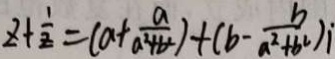
z + \frac { 1 } { z } = ( a + \frac { a } { a ^ { 2 } + b ^ { 2 } } ) + ( b - \frac { b } { a ^ { 2 } + b ^ { 2 } ) } i